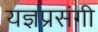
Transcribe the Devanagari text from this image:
यज्ञप्रसंगी